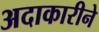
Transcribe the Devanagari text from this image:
अदाकारीने